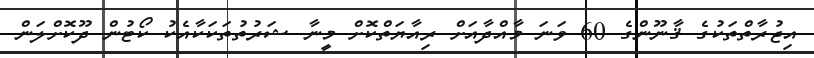
އިޖުރާތްތަކުގެ ޤާނޫންގެ 60 ވަނަ މާއްދާއަށް ރިއާޔަތްކޮށް މީނާ ޝަރުތުތަކަކާއެކު ކޯޓުން ދޫކޮށްލަން